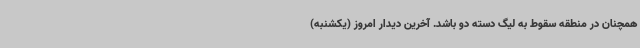
همچنان در منطقه سقوط به لیگ دسته دو باشد. آخرین دیدار امروز (یکشنبه)